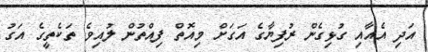
އަދި އެއާއި ގުޅިގެން ރުފިޔާގެ އަގަށް މިއޮތް ފިއްތުން ލުއިވެ ތަކެތީގެ އަގު